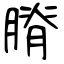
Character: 膌